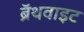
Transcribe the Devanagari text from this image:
ब्रॅथवाइट